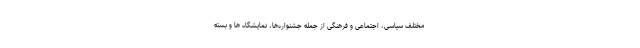
مختلف سیاسی، اجتماعی و فرهنگی از جمله جشنواره‌ها، نمایشگاه ها و بسته